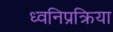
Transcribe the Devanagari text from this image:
ध्वनिप्रक्रिया